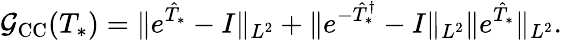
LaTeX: \mathcal G_{\mathrm{CC}}(T_{*})=\Vert e^{\hat{T}_{*}}-I\Vert_{L^{2}}+\Vert e^{-\hat{T}_{*}^{\dagger}}-I\Vert_{L^{2}}\Vert e^{\hat{T}_{*}}\Vert_{L^{2}}.